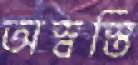
অস্বস্তি